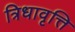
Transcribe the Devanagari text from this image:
त्रिधावृत्ति